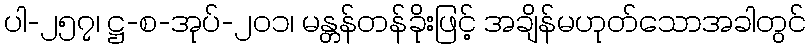
ပါ-၂၅၇၊ ဋ္ဌ-စ-အုပ်-၂၀၁၊ မန္တန်တန်ခိုးဖြင့် အချိန်မဟုတ်သောအခါတွင်